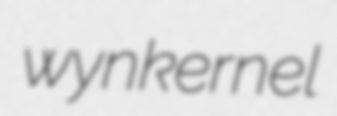
wynkernel